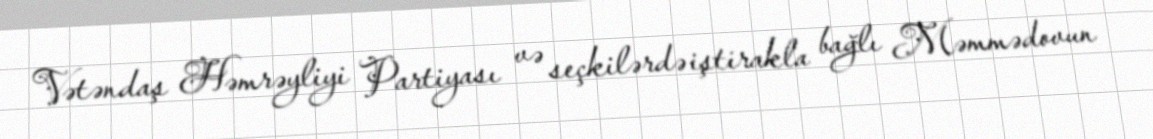
Vətəndaş Həmrəyliyi Partiyası və seçkilərdə iştirakla bağlı Məmmədovun